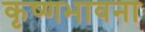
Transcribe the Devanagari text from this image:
कृष्णभावना